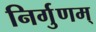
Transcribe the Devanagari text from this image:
निर्गुणम्